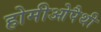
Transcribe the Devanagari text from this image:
होमीओपैथी